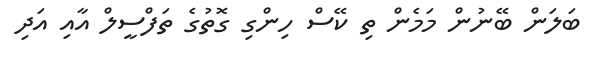
ބަލަން ބޭނުން މަމެން ތި ކޭސް ހިންގި ގޮތުގެ ތަފްސީލް އާއި އަދި